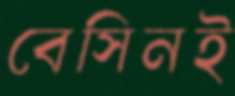
বেসিনই